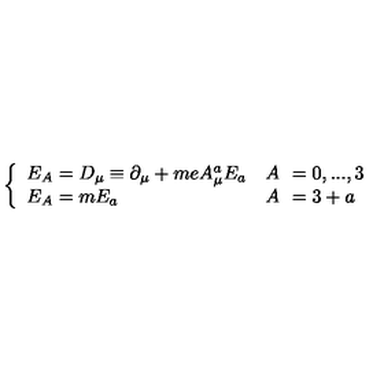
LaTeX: \left\{ \begin{array} { l r l } { E _ { A } = D _ { \mu } \equiv \partial _ { \mu } + m e A _ { \mu } ^ { a } E _ { a } } & { A \! \! } & { = 0 , . . . , 3 } \\ { E _ { A } = m E _ { a } \quad } & { A \! \! } & { = 3 + a } \\ \end{array} \right.